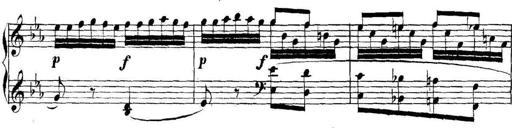
Title: Collected Piano Sonatas
Composer: Muzio Clementi